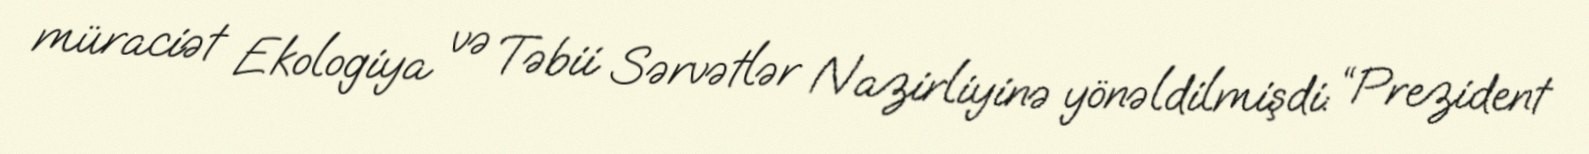
müraciət Ekologiya və Təbii Sərvətlər Nazirliyinə yönəldilmişdi: “Prezident